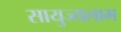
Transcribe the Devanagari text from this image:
सायुज्यलाभ